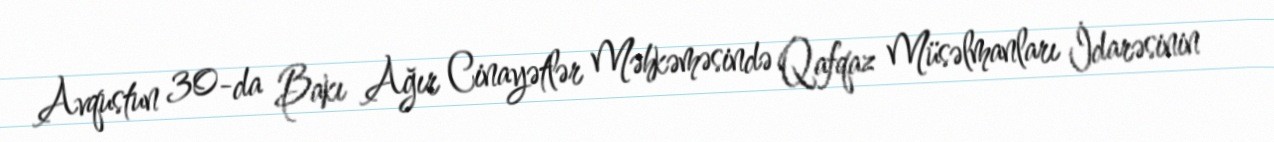
Avqustun 30-da Bakı Ağır Cinayətlər Məhkəməsində Qafqaz Müsəlmanları İdarəsinin